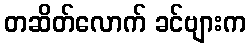
တဆိတ်လောက် ခင်ဗျားက